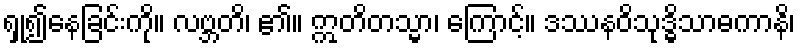
ရှု၍နေခြင်းကို။ လဗ္ဘတိ၊ ၏။ ဣတိတသ္မာ၊ ကြောင့်။ ဒဿနဝိသုဒ္ဓိသာဓကာနိ၊